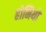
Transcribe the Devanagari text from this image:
होमियो